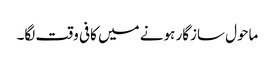
ماحول سازگار ہونے میں کافی وقت لگا۔